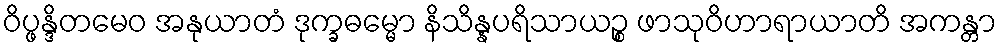
ဝိပ္ဖန္ဒိတမေဝ အနုယာတံ ဒုက္ခဓမ္မော နိသိန္နပရိသာယဉ္စ ဖာသုဝိဟာရာယာတိ အကန္တာ